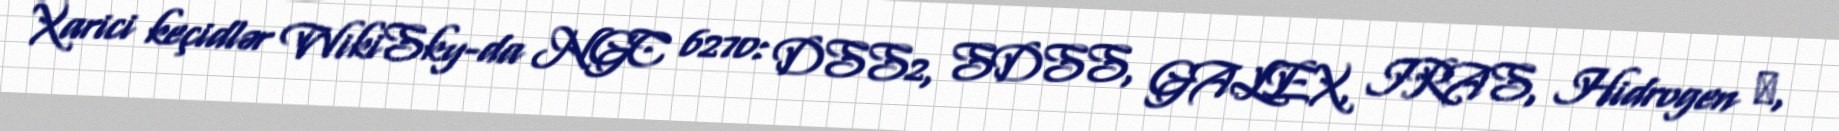
Xarici keçidlər WikiSky-da NGC 6270: DSS2, SDSS, GALEX, IRAS, Hidrogen α,